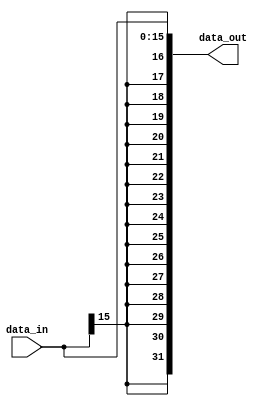
`timescale 1ns / 1ps
//////////////////////////////////////////////////////////////////////////////////
// Company: 
// Engineer: 
// 
// Design Name: 
// Module Name: S_Ext16
// Project Name: 
// Target Devices: 
// Tool Versions: 
// Description: 
// 
// Dependencies: 
// 
// Revision:
// Revision 0.01 - File Created
// Additional Comments:
// 
//////////////////////////////////////////////////////////////////////////////////


module S_Ext16(
    input [15:0]data_in,
    output [31:0]data_out
    );
    assign data_out={{16{data_in[15]}},data_in};

endmodule